Annual report of the Punjab Veterinary College and of the Civil Veterinary Department, Punjab - 1920-1925
Year: 1920
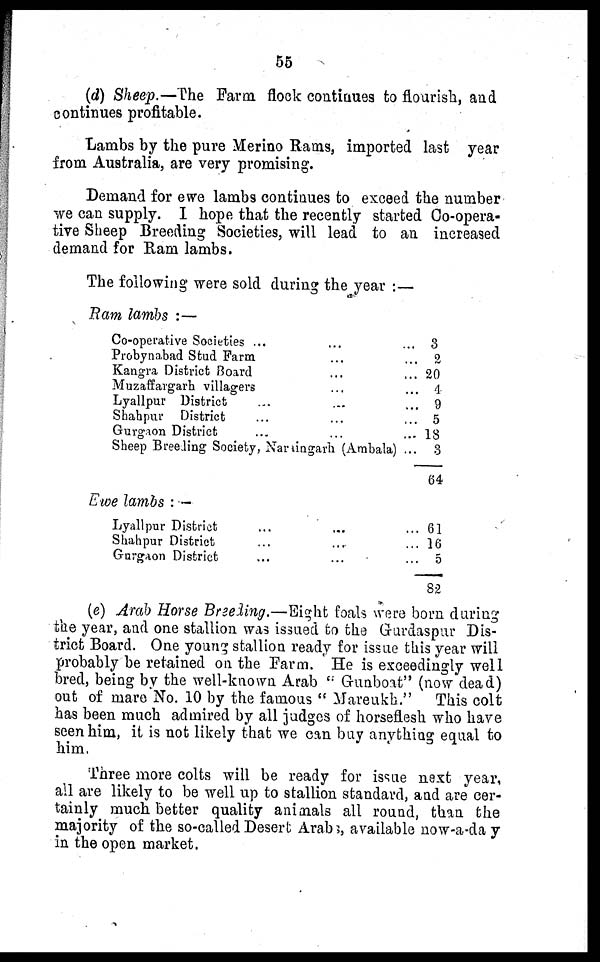
55
(d) Sheep.—The Farm flock continues to flourish, and
continues profitable.
Lambs by the pure Merino Rams, imported last year
from Australia, are very promising.
Demand for ewe lambs continues to exceed the number
we can supply. I hope that the recently started Co-opera-
tive Sheep Breeding Societies, will lead to an increased
demand for Ram lambs.
The following were sold during the year :—
Ram lambs :—
Co-operative Societies ... ...
Probynabad Stud Farm ...
Kangra District Board ...
Muzaffargarh villagers ...
Lyallpur District ... ...
Shahpur District ... ...
Gurgaon District ... ...
Sheep Breeding Society, Naraingarh (Ambala)
Ewe lambs :—
Lyallpur District ... ...
Shahpur District ... ...
Gurgaon District ... ...
... 3
... 2
... 20
... 4
... 9
... 5
... 18
... 3
64
... 61
... 16
... 5
82
(e) Arab Horse Breeding.—Eight foals were born during
the year, and one stallion was issued to the Gurdaspur Dis-
trict Board. One young stallion ready for issue this year will
probably be retained on the Farm. He is exceedingly well
bred, being by the well-known Arab "Gunboat" (now dead)
out of mare No. 10 by the famous "Mareukh." This colt
has been much admired by all judges of horseflesh who have
seen him, it is not likely that we can buy anything equal to
him.
Three more colts will be ready for issue next year,
all are likely to be well up to stallion standard, and are cer-
tainly much better quality animals all round, than the
majority of the so-called Desert Arab;, available now-a-day
in the open market.